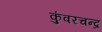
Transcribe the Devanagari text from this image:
कुंवरचन्द्र